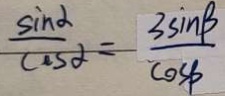
\frac { \sin \alpha } { \cos \alpha } = \frac { 3 \sin \beta } { \cos \beta }